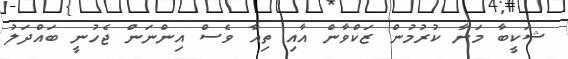
ޝަކީބާ މަނާ ކުރުމުން ޒަކްވާން އާއި ތިއާ ވެސް އިންނަން ޖެހުނީ ބައްދަލު